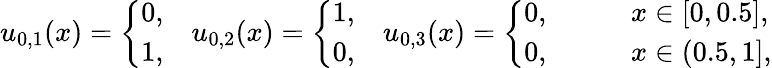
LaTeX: \begin{array}{r}{{u}_{0,1}(x)=\left\{ \begin{array}{ll}{0,}\\ {1,}\end{array}\right.\quad{u}_{0,2}(x)=\left\{ \begin{array}{ll}{1,}\\ {0,}\end{array}\right.\quad{u}_{0,3}(x)=\left\{ \begin{array}{ll}{0,}&{\qquad x\in[0,0.5],}\\ {0,}&{\qquad x\in(0.5,1],}\end{array}\right.}\end{array}